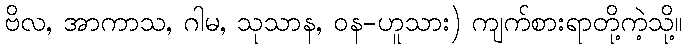
ဗိလ, အာကာသ, ဂါမ, သုသာန, ဝန-ဟူသား) ကျက်စားရာတို့ကဲ့သို့။